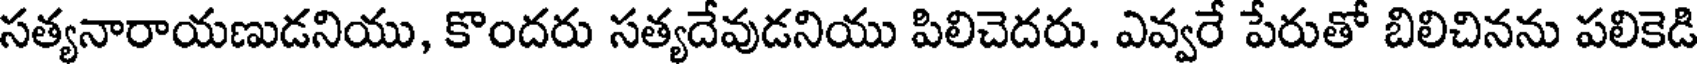
సత్యనారాయణుడనియు, కొందరు సత్యదేవుడనియు పిలిచెదరు. ఎవ్వరే పేరుతో బిలిచినను పలికెడి